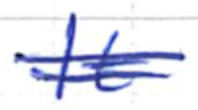
Text: It
Cross-out: double-line
Writing tool: ballpoint